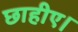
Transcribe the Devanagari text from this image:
छाहीए।